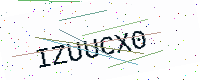
Text: IZUUCX0